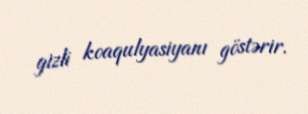
gizli koaqulyasiyanı göstərir.